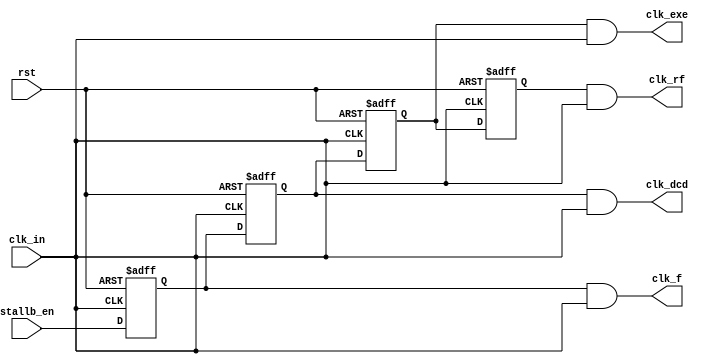
module stall_clk(
    input clk_in, stallb_en, rst,
    output wire clk_f, clk_dcd, clk_exe, clk_rf);
reg en_ff_1,en_ff_2,en_ff_3,en_ff_4;
assign clk_f=en_ff_1&clk_in;
assign clk_dcd=en_ff_2&clk_in;
assign clk_exe=en_ff_3&clk_in;
assign clk_rf=en_ff_4&clk_in;
always @(negedge clk_in or negedge rst) begin
    if(!rst) begin
        en_ff_1<=1;
        en_ff_2<=1;
        en_ff_3<=1;
        en_ff_4<=1;
    end
    else begin
        en_ff_1<=stallb_en;
        en_ff_2<=en_ff_1;
        en_ff_3<=en_ff_2;
        en_ff_4<=en_ff_3;
    end
end
endmodule
/*
module T_stall_clk();
reg clk_in, stallb_en,rst;
wire clk_f, clk_dcd, clk_exe;
stall_clk inst_1(clk_in, stallb_en,rst,clk_f, clk_dcd, clk_exe);
initial begin
    clk_in=0;
    forever #5 clk_in=~clk_in;
end
initial begin
    stallb_en=1;
    forever begin
        #100 stallb_en=0;
        #30 stallb_en=1;
    end
end
initial begin
    rst=1;
    #1 rst=0;
    #1 rst=1;
end
endmodule //clock_in
*/